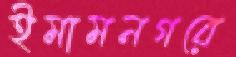
ইমামনগরে